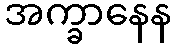
အက္ခာနေန